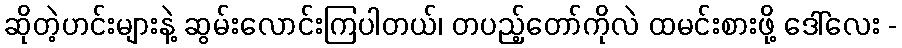
ဆိုတဲ့ဟင်းများနဲ့ ဆွမ်းလောင်းကြပါတယ်၊ တပည့်တော်ကိုလဲ ထမင်းစားဖို့ ဒေါ်လေး -